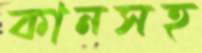
কানসহ